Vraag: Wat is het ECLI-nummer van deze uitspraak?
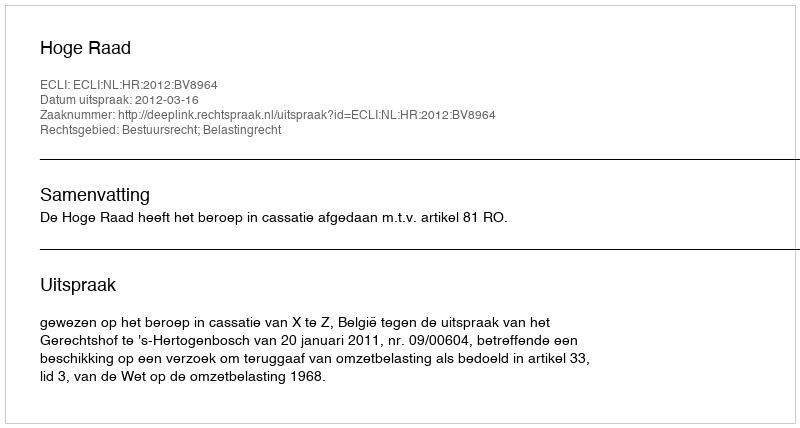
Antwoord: ECLI:NL:HR:2012:BV8964